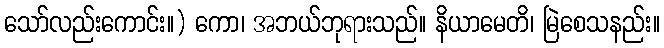
သော်လည်းကောင်း။) ကော၊ အဘယ်ဘုရားသည်။ နိယာမေတိ၊ မြဲစေသနည်း။